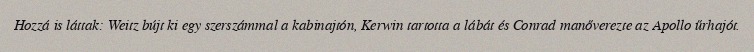
Hozzá is láttak: Weitz bújt ki egy szerszámmal a kabinajtón, Kerwin tartotta a lábát és Conrad manőverezte az Apollo űrhajót.